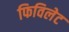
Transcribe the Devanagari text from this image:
फिविलेट